38_143685_box_Incident_Summaries_173-233
Agency: Department of War
Page 99
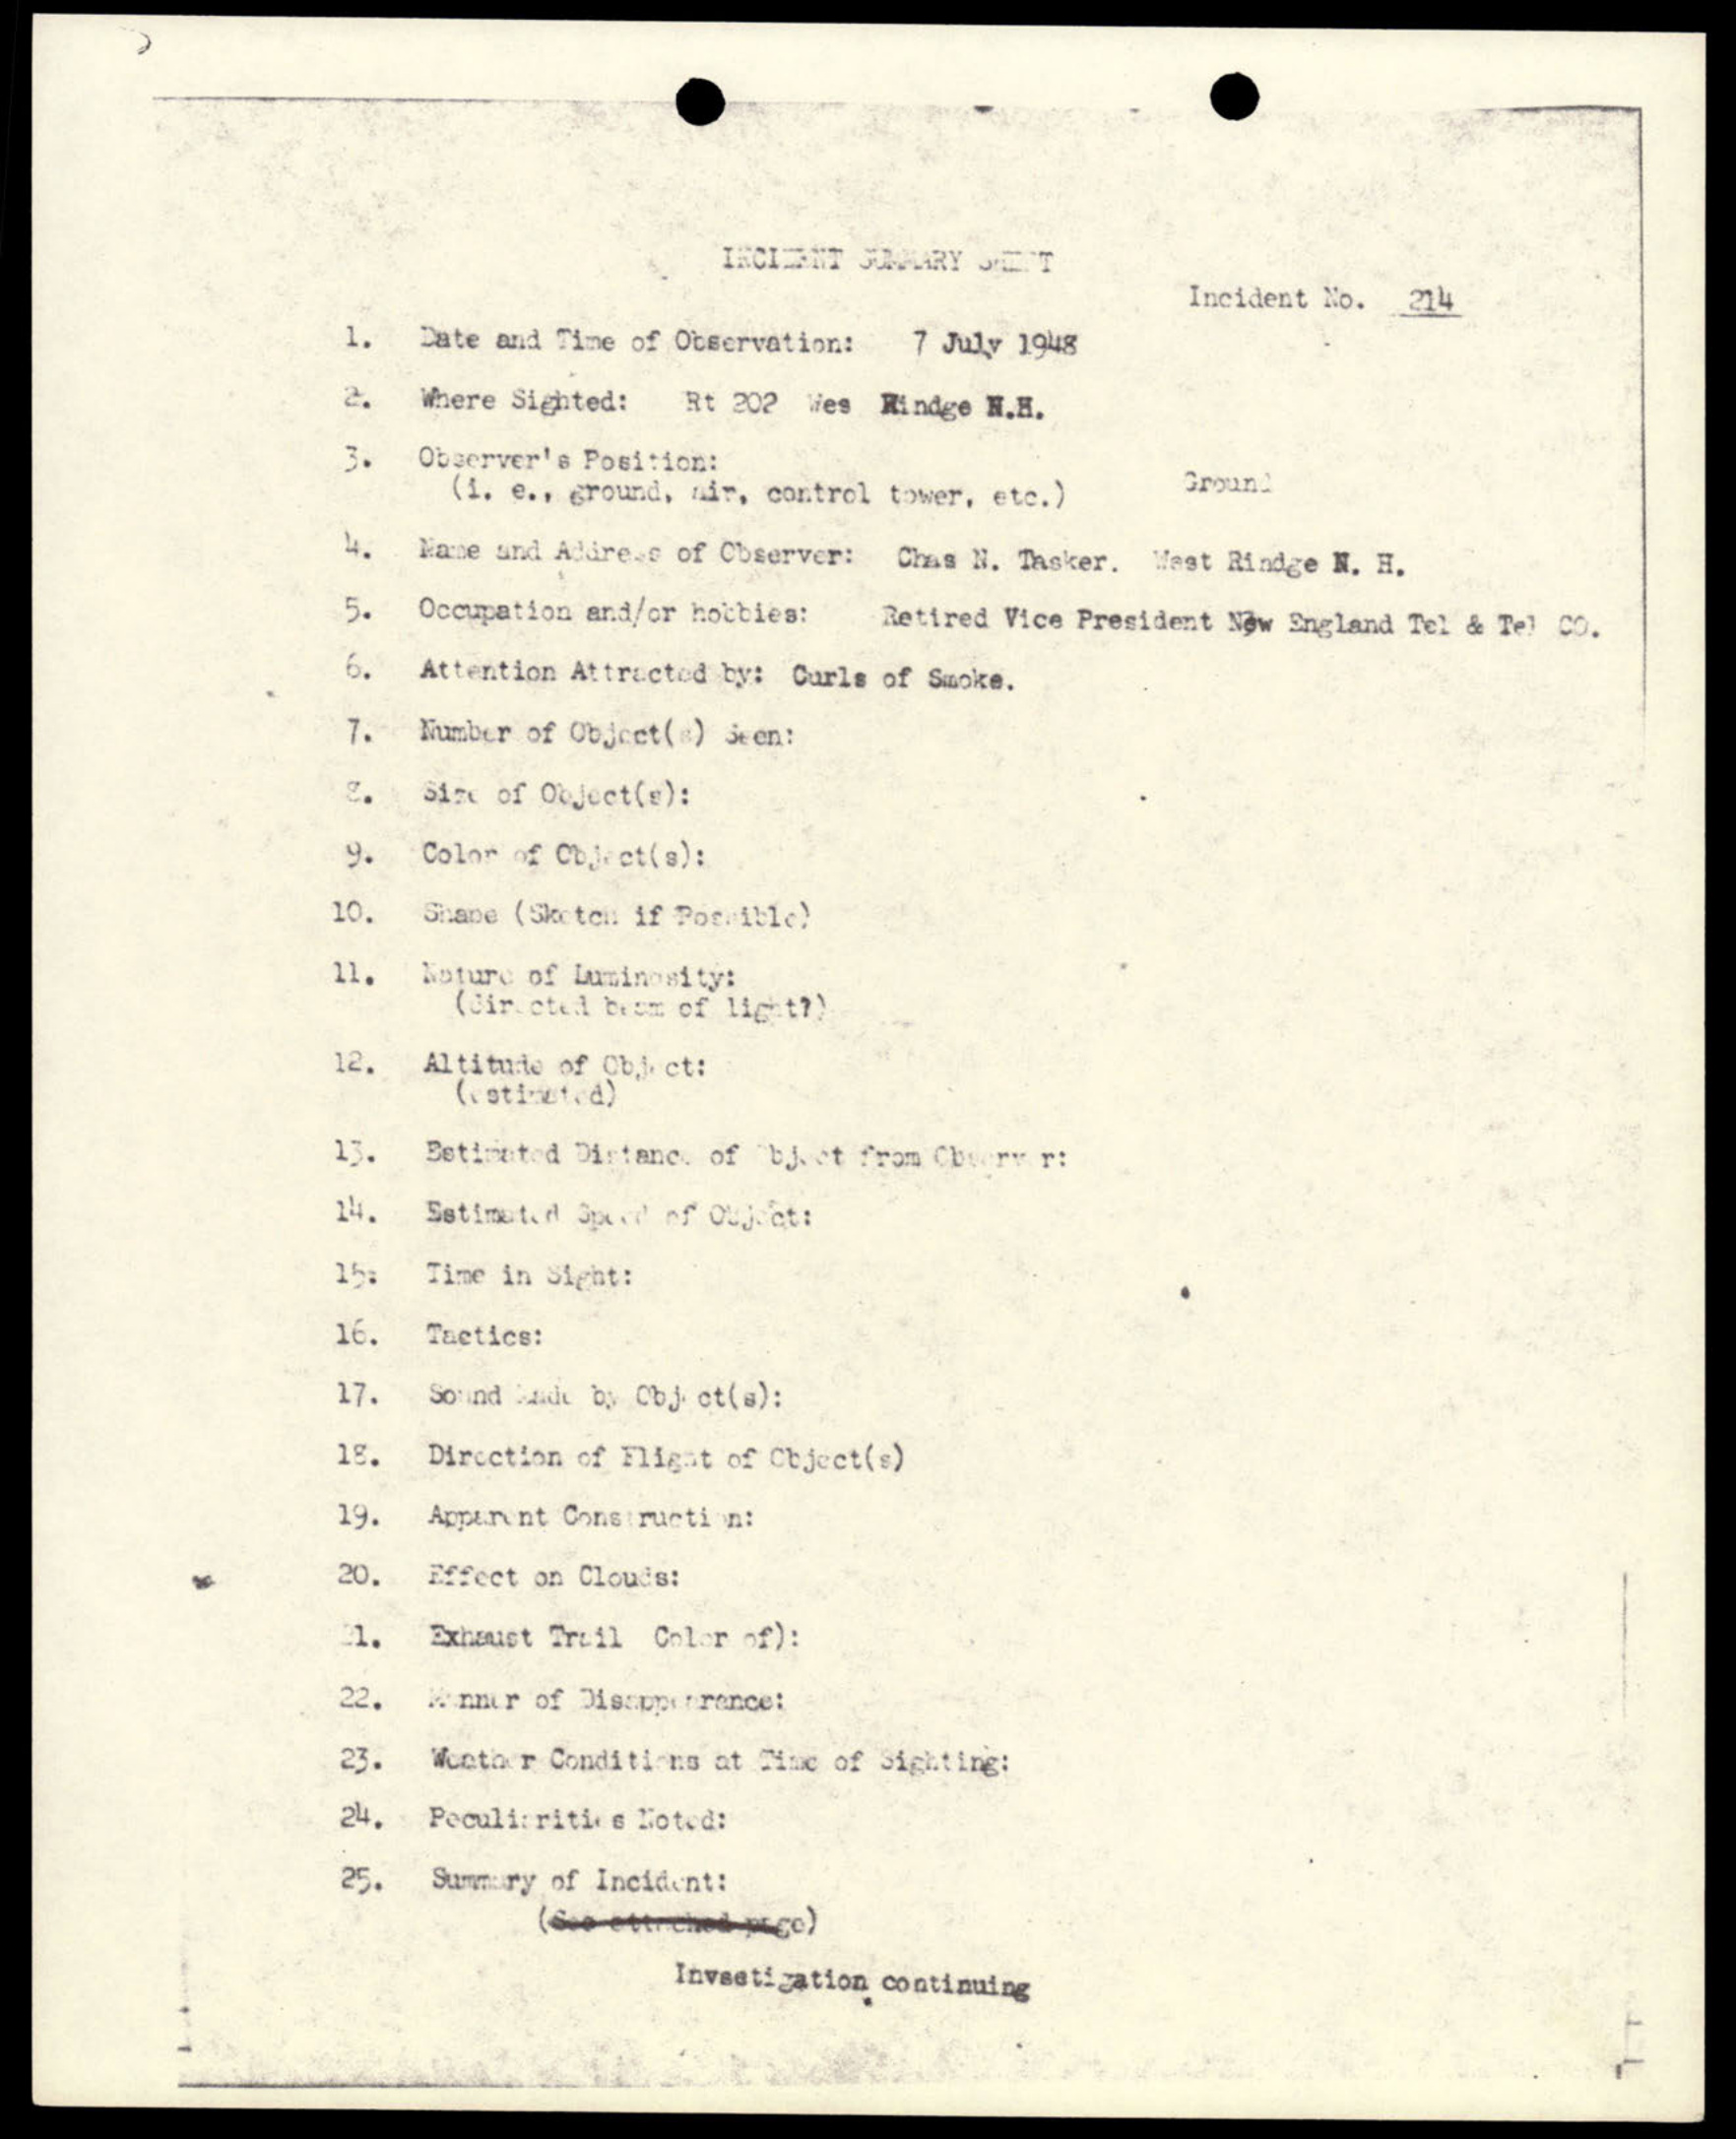